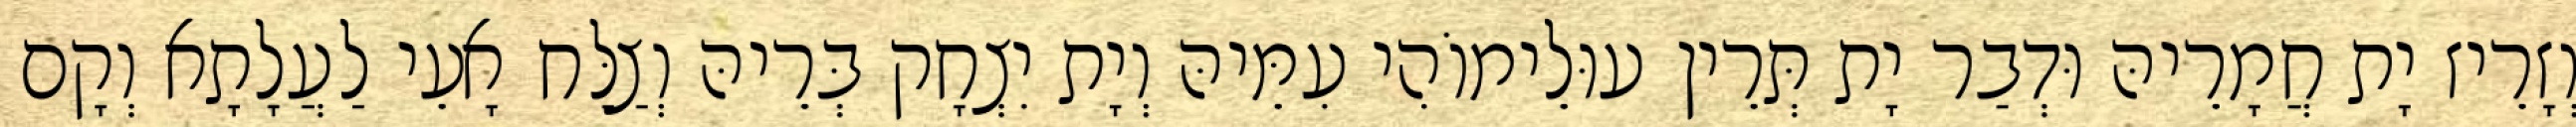
וְזָרֵיז יָת חֲמָרֵיהּ וּדְבַר יָת תְּרֵין עוּלֵימוֹהִי עִמֵּיהּ וְיָת יִצְחָק בְּרֵיהּ וְצַלַּח אָעֵי לַעֲלָתָא וְקָם